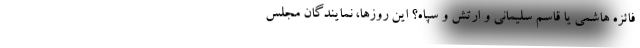
فائزه هاشمی یا قاسم سلیمانی و ارتش و سپاه؟ این روزها، نمایندگان مجلس